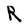
Character: R